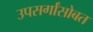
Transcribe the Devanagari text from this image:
उपसर्गांसोबत